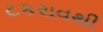
ટકરાવથી